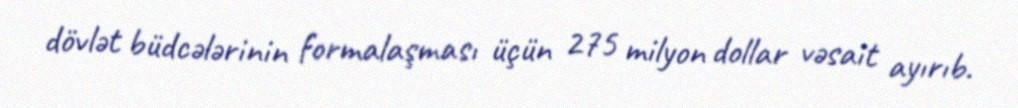
dövlət büdcələrinin formalaşması üçün 275 milyon dollar vəsait ayırıb.